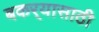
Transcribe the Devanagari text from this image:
बकर्‍यासाठी